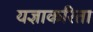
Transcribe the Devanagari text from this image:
यज्ञाकरिता